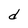
Character: d